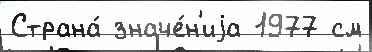
Страна́ значе́н'иjа 1977 см